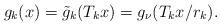
LaTeX: \begin{align*}g_k(x)= \tilde{g}_{k}(T_kx)=g_{\nu}(T_kx/r_k).\end{align*}